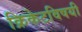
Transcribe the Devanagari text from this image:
क्रिकेटविषयी